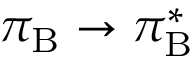
\pi _ { \mathrm { B } } \rightarrow \pi _ { \mathrm { B } } ^ { * }